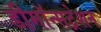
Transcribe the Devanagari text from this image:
डीमॉन्सट्रेशन